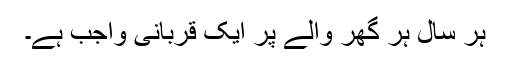
ہر سال ہر گھر والے پر ایک قربانی واجب ہے۔